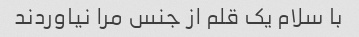
با سلام یک قلم از جنس مرا نیاوردند